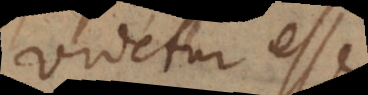
videtur esse